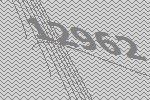
12962